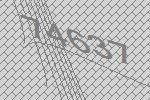
74637